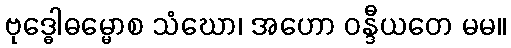
ဗုဒ္ဓေါဓမ္မောစ သံဃော၊ အဟော ဝန္ဒီယတေ မမ။